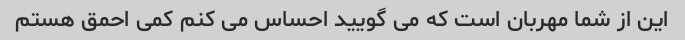
این از شما مهربان است که می گویید احساس می کنم کمی احمق هستم